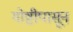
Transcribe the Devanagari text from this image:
गोष्टीपासून